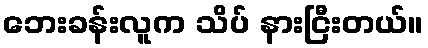
ဘေးခန်းလူက သိပ် နားငြီးတယ်။